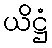
ယိဋ္ဌံ